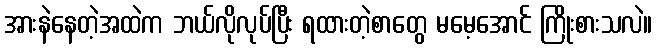
အားနဲနေတဲ့အထဲက ဘယ်လိုလုပ်ပြီး ရထားတဲ့စာတွေ မမေ့အောင် ကြိုးစားသလဲ။